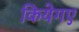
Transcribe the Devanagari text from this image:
कियेगए